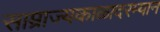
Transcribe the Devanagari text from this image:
साम्राज्यकाळादरम्यान